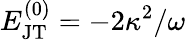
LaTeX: E_{\mathrm{JT}}^{(0)}=-2\kappa^{2}/\omega